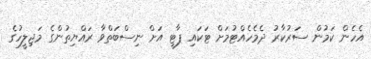
އެހެން ކަމުން ސަރުކާރު ދެމެހެއްޓުމަށް ޓަކައި ޕާޓީ އަށް ނިސްބަތްވާ ރައްޔިތުންގެ މަޖިލީހުގެ